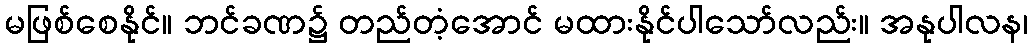
မဖြစ်စေနိုင်။ ဘင်ခဏ၌ တည်တံ့အောင် မထားနိုင်ပါသော်လည်း။ အနုပါလန၊